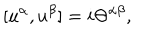
\lbrack u ^ { \alpha } , u ^ { \beta } ] = i \Theta ^ { \alpha \beta } ,